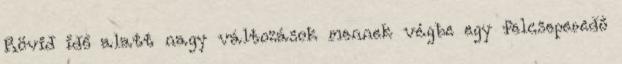
Rövid idő alatt nagy változások mennek végbe egy felcseperedő